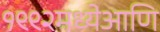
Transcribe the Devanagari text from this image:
१९९२मध्येआणि